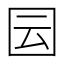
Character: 囩